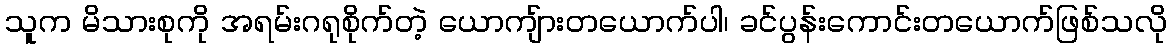
သူက မိသားစုကို အရမ်းဂရုစိုက်တဲ့ ယောကျ်ားတယောက်ပါ၊ ခင်ပွန်းကောင်းတယောက်ဖြစ်သလို